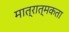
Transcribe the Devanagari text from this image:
मात्रात्मकता